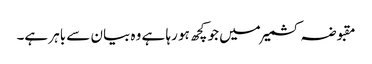
مقبوضہ کشمیر میں جو کچھ ہو رہا ہے وہ بیان سے باہر ہے۔